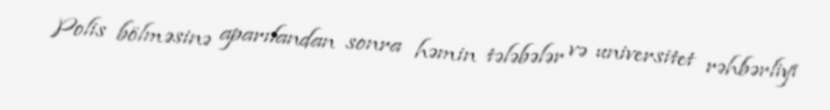
Polis bölməsinə aparılandan sonra həmin tələbələr və universitet rəhbərliyi